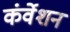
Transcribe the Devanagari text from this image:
कंर्वेशन